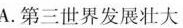
A.第三世界发展壮大